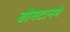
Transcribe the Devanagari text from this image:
बोगटानमे